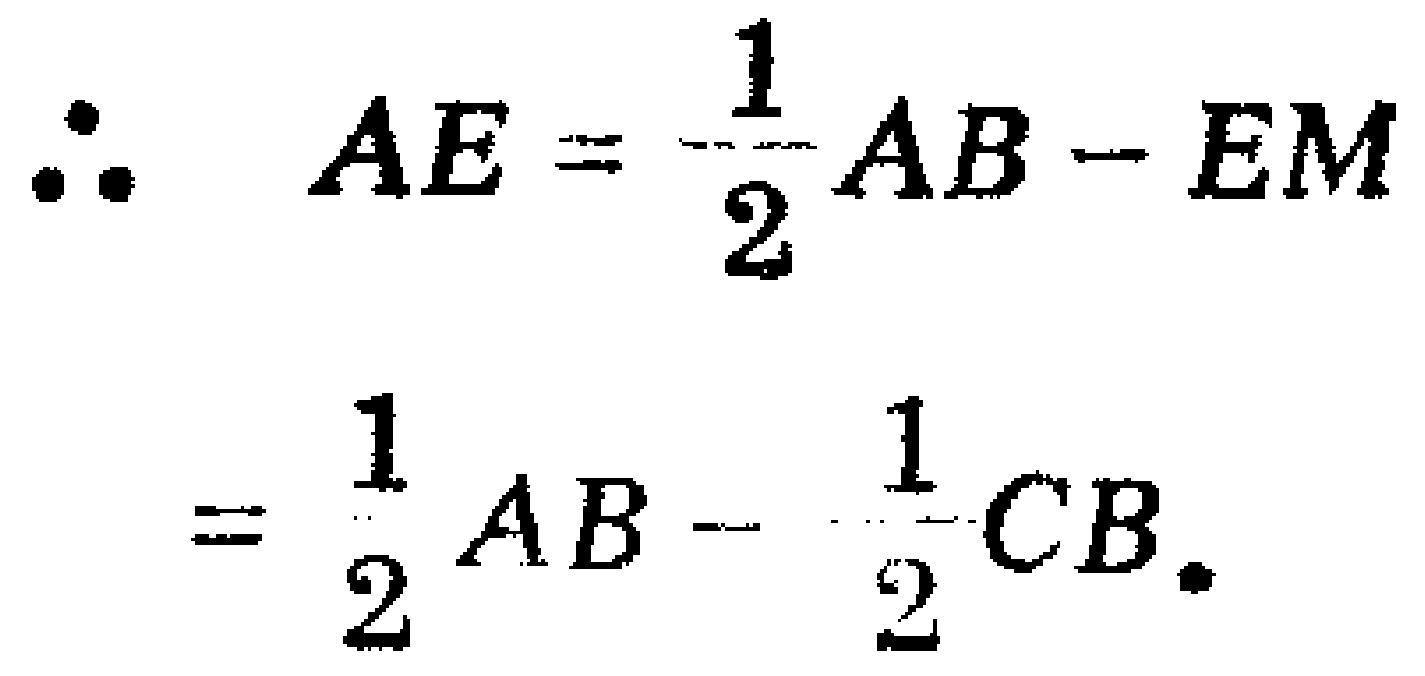
\[

\begin{align*}

\therefore AE&=\frac{1}{2}AB - EM\\

&=\frac{1}{2}AB-\frac{1}{2}CB.

\end{align*}

\]